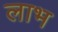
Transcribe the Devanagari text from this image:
लाभ